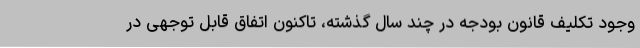
وجود تکلیف قانون بودجه در چند سال گذشته، تاکنون اتفاق قابل توجهی در